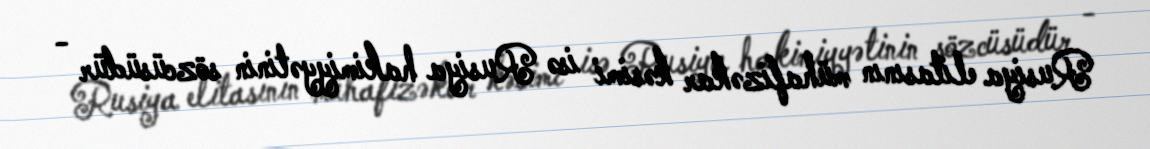
Rusiya elitasının mühafizəkar kəsimi isə Rusiya hakimiyyətinin sözcüsüdür -